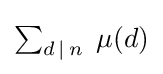
{\textstyle \sum _{d\,|\,n}\;\mu (d)}